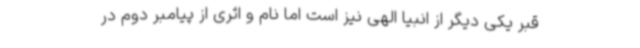
قبر یکی دیگر از انبیا الهی نیز است اما نام و اثری از پیامبر دوم در